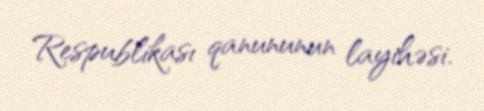
Respublikası qanununun layihəsi.